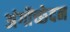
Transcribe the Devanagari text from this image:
अंगोंच्छेदन